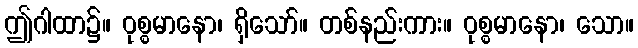
ဤဂါထာ၌။ ဝုစ္စမာနော၊ ရှိသော်။ တစ်နည်းကား။ ဝုစ္စမာနော၊ သော။